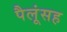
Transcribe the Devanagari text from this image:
पैलूंसह